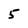
Character: 5